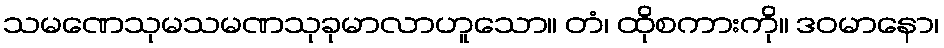
သမဏေသုမသမဏသုခုမာလာဟူသော။ တံ၊ ထိုစကားကို။ ဒဝမာနော၊